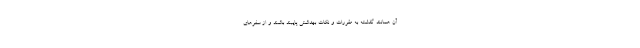
آن همانند گذشته به مقررات و نکات بهداشتی پایبند باشند و از سفرهای